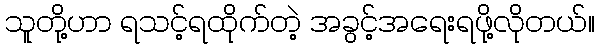
သူတို့ဟာ ရသင့်ရထိုက်တဲ့ အခွင့်အရေးရဖို့လိုတယ်။